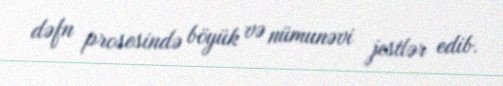
dəfn prosesində böyük və nümunəvi jestlər edib.